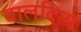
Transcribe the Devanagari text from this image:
बालदित्य